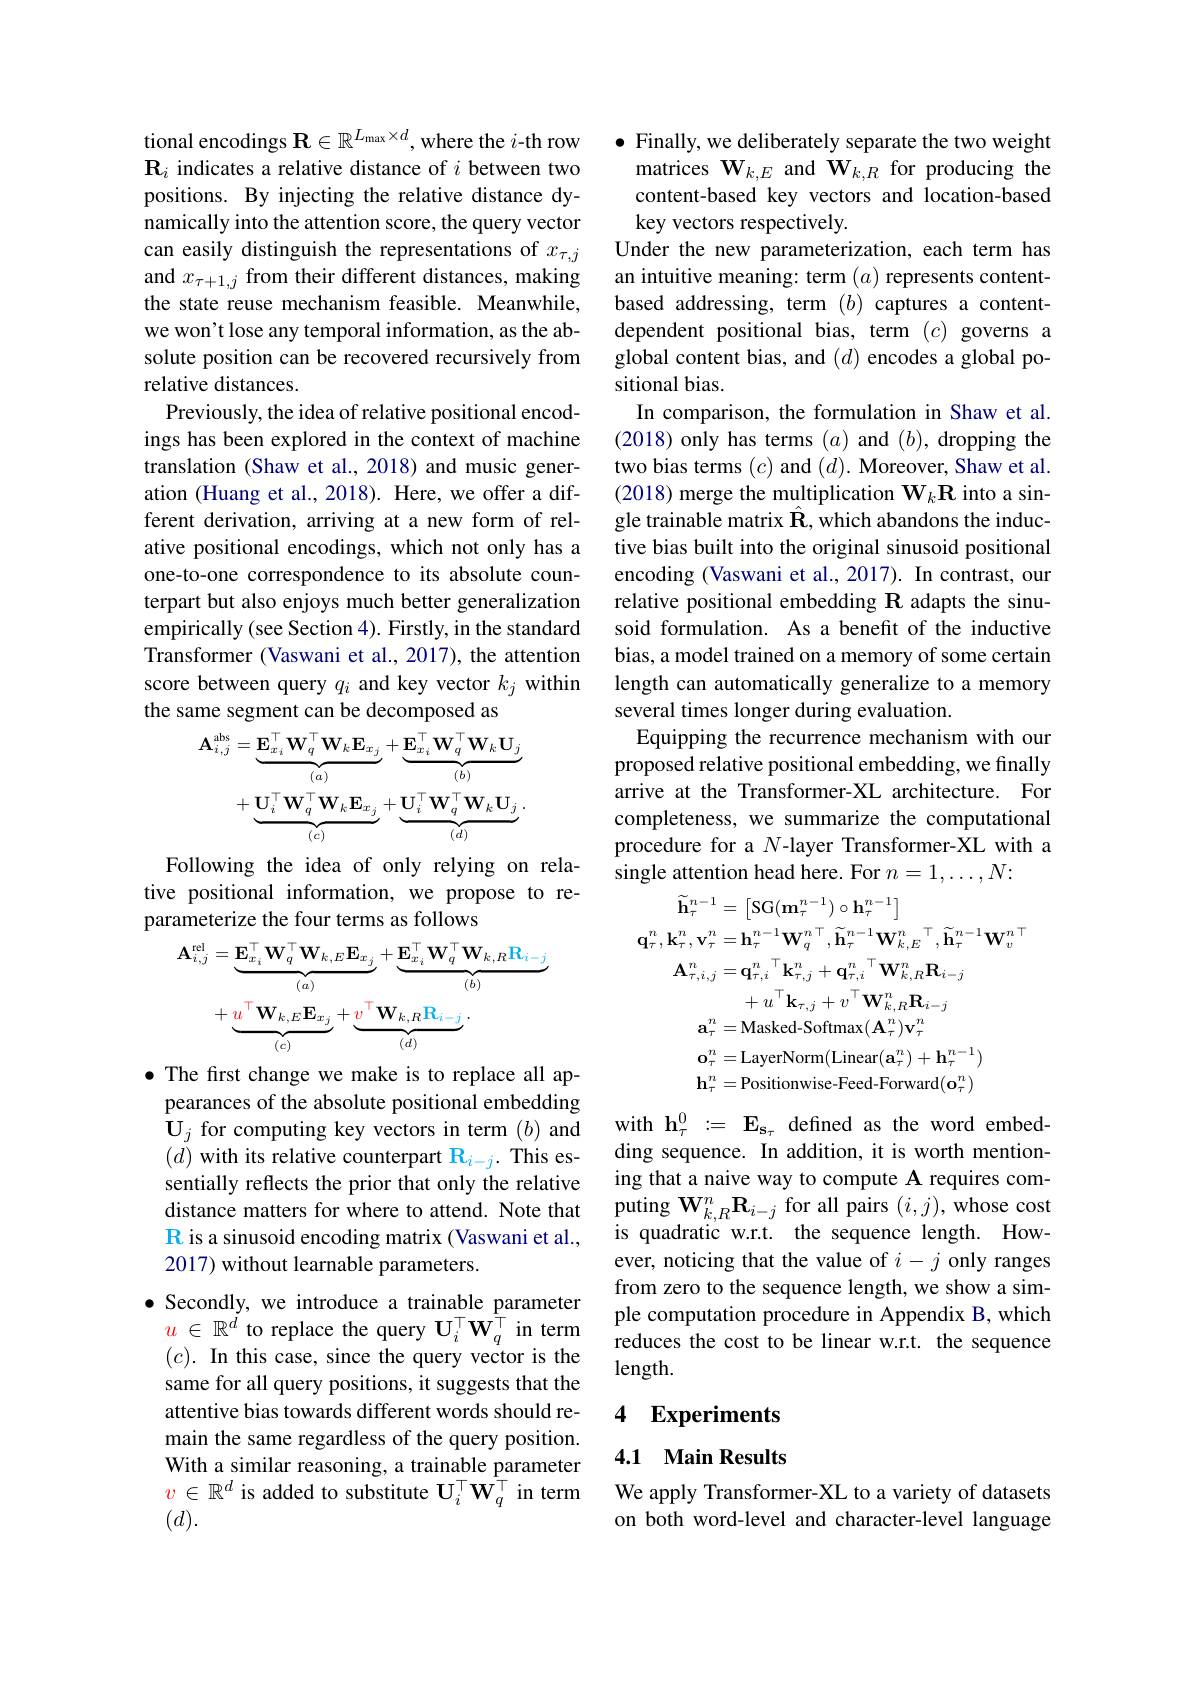
tional encodings $\mathbf{R} \in \mathbb{R} ^{L_{\mathrm{max}}\times d}$, where the $i$-th row $\mathbf{R}_i$ indicates a relative distance of $i$ between two positions. By injecting the relative distance dynamically into the attention score, the query vector can easily distinguish the representations of $x_{\tau,j}$ and $x_{\tau+1,j}$ from their different distances, making the state reuse mechanism feasible. Meanwhile, we won't lose any temporal information, as the absolute position can be recovered recursively from relative distances.
Previously, the idea of relative positional encodings has been explored in the context of machine translation (Shaw et al., 2018) and music generation (Huang et al., 2018). Here, we offer a different derivation, arriving at a new form of relative positional encodings, which not only has a one-to-one correspondence to its absolute counterpart but also enjoys much better generalization empirically (see Section 4). Firstly, in the standard Transformer (Vaswani et al., 2017), the attention score between query $q_i$ and key vector $k_j$ within the same segment can be decomposed as
$$\mathbf{A}_{i,j}^{\mathrm{abs}}=\underbrace{\mathbf{E}_{x_{i}}^{\top}\mathbf{W}_{q}^{\top}\mathbf{W}_{k}\mathbf{E}_{x_{j}}}_{(a)}+\underbrace{\mathbf{E}_{x_{i}}^{\top}\mathbf{W}_{q}^{\top}\mathbf{W}_{k}\mathbf{U}_{j}}_{(b)}\\+\underbrace{\mathbf{U}_{i}^{\top}\mathbf{W}_{q}^{\top}\mathbf{W}_{k}\mathbf{E}_{x_{j}}}_{(c)}+\underbrace{\mathbf{U}_{i}^{\top}\mathbf{W}_{q}^{\top}\mathbf{W}_{k}\mathbf{U}_{j}}_{(d)}\:.$$
Following the idea of only relying on relative positional information, we propose to reparameterize the four terms as follows
$$\begin{aligned}\mathbf{A}_{i,j}^{\mathrm{rel}}&=\underbrace{\mathbf{E}_{x_{i}}^{\top}\mathbf{W}_{q}^{\top}\mathbf{W}_{k,E}\mathbf{E}_{x_{j}}}_{(a)}+\underbrace{\mathbf{E}_{x_{i}}^{\top}\mathbf{W}_{q}^{\top}\mathbf{W}_{k,R}\mathbf{R}_{i-j}}_{(b)}\\&+\underbrace{u^{\top}\mathbf{W}_{k,E}\mathbf{E}_{x_{j}}}_{(c)}+\underbrace{v^{\top}\mathbf{W}_{k,R}\mathbf{R}_{i-j}}_{(d)}.\end{aligned}$$
·The first change we make is to replace all appearances of the absolute positional embedding $\mathbf{U}_{j}$ for computing key vectors in term $(b)$ and $(d)$ with its relative counterpart $\mathbb{R}_i-j.$ This essentially reflects the prior that only the relative distance matters for where to attend. Note that R is a sinusoid encoding matrix (Vaswani et al., 2017) without learnable parameters.

$\bullet$ Secondly, we introduce a trainable parameter $u\in\mathbb{R}^d$ to replace the query $\mathbf{U}_i^\top\mathbf{W}_q^\top$ in term $(c).$ In this case, since the query vector is the same for all query positions, it suggests that the attentive bias towards different words should remain the same regardless of the query position. With a similar reasoning, a trainable parameter $v\in\mathbb{R}^d$ is added to substitute $\mathbf{U}_i^\top\mathbf{W}_q^\top$ in term $(d).$

$\bullet$ Finally, we deliberately separate the two weight
matrices $\mathbf{W}_{k,E}$ and $\mathbf{W}_{k,R}$ for producing the content-based key vectors and location-based key vectors respectively.
Under the new parameterization, each term has an intuitive meaning: term $(a)$ represents contentbased addressing, term $(b)$ captures a contentdependent positional bias, term $(c)$ governs a global content bias, and $(d)$ encodes a global positional bias.
In comparison, the formulation in Shaw et al. (2018) only has terms $(a)$ and $(b)$, dropping the two bias terms $(c)$ and $(d).$ Moreover, Shaw et al. (2018) merge the multiplication $\mathbf{W}_k\mathbf{R}$ into a single trainable matrix $\hat{\mathbf{R}}$,which abandons the inductive bias built into the original sinusoid positional encoding (Vaswani et al., 2017). In contrast, our relative positional embedding R adapts the sinusoid formulation. As a benefit of the inductive bias, a model trained on a memory of some certain length can automatically generalize to a memory several times longer during evaluation.
Equipping the recurrence mechanism with our proposed relative positional embedding, we finally arrive at the Transformer-XL architecture. For completeness, we summarize the computational procedure for a $N$-layer Transformer-XL with a single attention head here. For $n=1,\ldots,N{:}$
$$\begin{aligned}\widetilde{\mathbf{h}}_{\tau}^{n-1}&=\left[\mathrm{SG}(\mathbf{m}_{\tau}^{n-1})\circ\mathbf{h}_{\tau}^{n-1}\right]\\\mathbf{q}_{\tau}^{n},\mathbf{k}_{\tau}^{n},\mathbf{v}_{\tau}^{n}&=\mathbf{h}_{\tau}^{n-1}\mathbf{W}_{q}^{n\top},\widetilde{\mathbf{h}}_{\tau}^{n-1}\mathbf{W}_{k,E}^{n}^{\top},\widetilde{\mathbf{h}}_{\tau}^{n-1}\mathbf{W}_{v}^{n\top}\\\mathbf{A}_{\tau,i,j}^{n}&=\mathbf{q}_{\tau,i}^{n}{}^{\top}\mathbf{k}_{\tau,j}^{n}+\mathbf{q}_{\tau,i}{}^{n}{}^{\top}\mathbf{W}_{k,R}^{n}\mathbf{R}_{i-j}\\&+u^{\top}\mathbf{k}_{\tau,j}+v^{\top}\mathbf{W}_{k,R}^{n}\mathbf{R}_{i-j}\\\mathbf{a}_{\tau}^{n}&=\mathrm{Masked-Softmax}(\mathbf{A}_{\tau}^{n})\mathbf{v}_{\tau}^{n}\\\mathbf{o}_{\tau}^{n}&=\mathrm{LayerNorm}(\mathrm{Linear}(\mathbf{a}_{\tau}^{n})+\mathbf{h}_{\tau}^{n-1})\\\mathbf{h}_{\tau}^{n}&=\text{Positionwise-Feed-Forward}(\mathbf{o}_{\tau}^{n})\end{aligned}$$
with $\mathbf{h}_\tau^{0}:=\mathbf{E}_{\mathbf{s}_\tau}$ defined as the word embedding sequence. In addition, it is worth mentioning that a naive way to compute A requires computing $\mathbf{W}_{k,R}^{n}\mathbf{R}_{i-j}$ for all pairs $(i,j)$,whose cost is quadratic w.r.t. the sequence length. However, noticing that the value of $i-j$ only ranges from zero to the sequence length, we show a simple computation procedure in Appendix B, which reduces the cost to be linear w.r.t. the sequence length.

# 4 Experiments

### 4.1 Main Results

We apply Transformer-XL to a variety of datasets on both word-level and character-level language